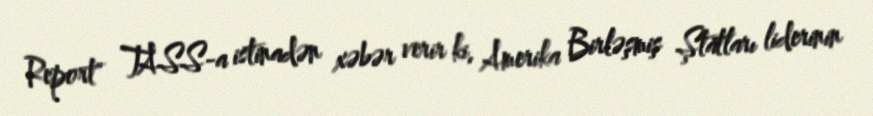
Report" TASS-a istinadən xəbər verir ki, Amerika Birləşmiş Ştatları liderinin